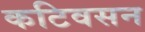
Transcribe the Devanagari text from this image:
कटिवसन